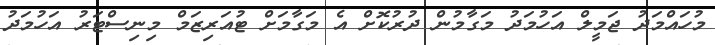
މުހައްމަދު ޖަމީލް އަހުމަދު މަގާމުން ދުރުކޮށް އެ މަގާމަށް ޓުއަރިޒަމް މިނިސްޓަރު އަހުމަދު